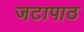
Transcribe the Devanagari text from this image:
जटापाठ